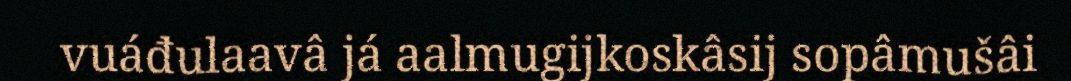
vuáđulaavâ já aalmugijkoskâsij sopâmušâi